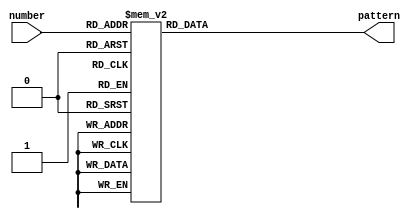
//////////////////////////////////////////////////////////////////////////////////
// Company:      UCD School of Electrical and Electronic Engineering
// Project:        Display Interface Design
// Target Device: XC7A100T-csg324 on Digilent Nexys-4 board
// Description:   Look-up table to map 4-bit input to 7-bit output,
//    to show value in hexadecimal on 7-segment display, segment signals active low.
//   Segment naming as shown below.  Segment pattern output in order ABCDEFG
//          --- A ---
//         |           |
//         F          B
//         |           |
//          --- G ---
//         |           |
//         E          C
//         |           |
//          --- D ---
//
// Revision 0 - File Created, 29 September 2014
// Revision 1 - Comments modified, 12 October 2015
// Revision 2 - Modified Conor Dooley for DES2019 for BCD + Blank + Minus
//////////////////////////////////////////////////////////////////////////////////

module BcdToSeg (
   input [3:0] number,      // 4-bit number
   output reg [6:0] pattern );      // 7-segment pattern - ABCDEFG
   
// look-up table to convert 4-bit value to 7-segment pattern (0 = on)
   always @ (number)
      case(number)
         4'h0:  pattern = 7'b0000001;  // display 0 - all segments on except G
         4'h1:  pattern = 7'b1001111;  // display 1 - segments B and C on
         4'h2:  pattern = 7'b0010010;
         4'h3:  pattern = 7'b0000110;
         4'h4:  pattern = 7'b1001100;
         4'h5:  pattern = 7'b0100100;
         4'h6:  pattern = 7'b0100000;
         4'h7:  pattern = 7'b0001111;
         4'h8:  pattern = 7'b0000000;
         4'h9:  pattern = 7'b0000100;
         4'hA:  pattern = 7'b1111110; //display minus
         4'hB:  pattern = 7'b1111111; //display blank
         4'hC:  pattern = 7'b1111111; //display blank
         4'hD:  pattern = 7'b1111111; //display blank
         4'hE:  pattern = 7'b1111111; //display blank
         4'hF:  pattern = 7'b1111111; //display blank
      endcase  // no need for default, as all possibilities covered

endmodule